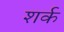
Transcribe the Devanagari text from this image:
शर्क